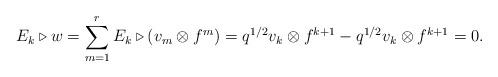
LaTeX: \begin{align*}E_k \triangleright w = \sum_{m = 1}^r E_k \triangleright (v_m \otimes f^m) = q^{1/2} v_{k} \otimes f^{k + 1} - q^{1/2} v_k \otimes f^{k + 1} = 0.\end{align*}